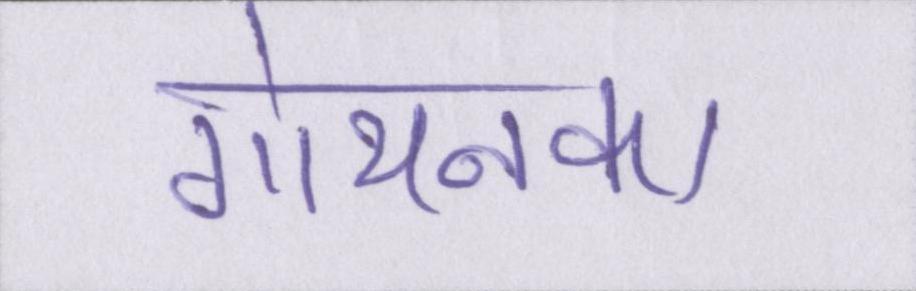
गोयनका